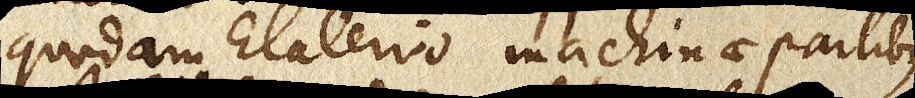
quodam Elaterio machinae partibus